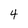
Character: 4